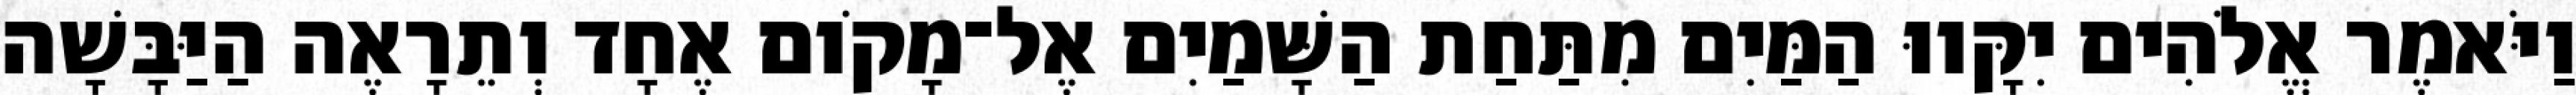
וַיֹּאמֶר אֱלֹהִים יִקָּווּ הַמַּיִם מִתַּחַת הַשָּׁמַיִם אֶל־מָקֹום אֶחָד וְתֵרָאֶה הַיַּבָּשָׁה